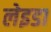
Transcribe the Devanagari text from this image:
लेइडा